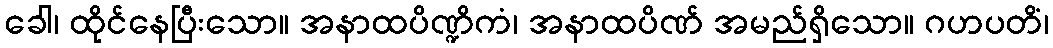
ခေါ၊ ထိုင်နေပြီးသော။ အနာထပိဏ္ဍိကံ၊ အနာထပိဏ် အမည်ရှိသော။ ဂဟပတိံ၊